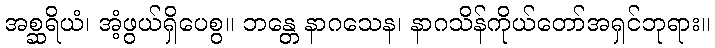
အစ္ဆရိယံ၊ အံ့ဖွယ်ရှိပေစွ။ ဘန္တေ နာဂသေန၊ နာဂသိန်ကိုယ်တော်အရှင်ဘုရား။